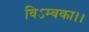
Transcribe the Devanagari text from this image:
विऽम्बका।।